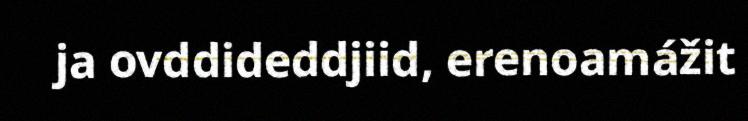
ja ovddideddjiid, erenoamážit